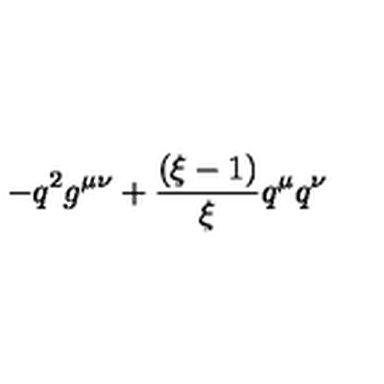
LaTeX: - q ^ { 2 } g ^ { \mu \nu } + \frac { ( \xi - 1 ) } { \xi } q ^ { \mu } q ^ { \nu }